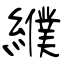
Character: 纀